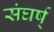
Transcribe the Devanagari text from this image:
संघर्ष्